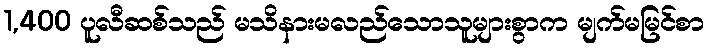
1,400 ပူလီဆစ်သည် မသိနားမလည်သောသူများစွာက မျက်မမြင်စာ